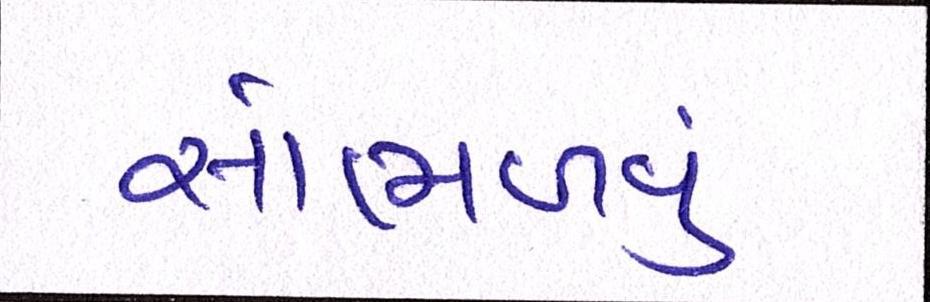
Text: સાંભળવું